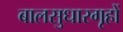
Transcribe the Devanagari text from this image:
बालसुधारगृहों